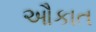
ઔકાત